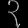
Digit: ၃